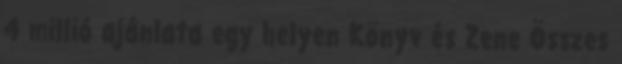
4 millió ajánlata egy helyen Könyv és Zene Összes